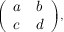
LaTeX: \scriptstyle { \left( \begin{array} { l l } { a } & { b } \\ { c } & { d } \end{array} \right) } ,